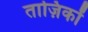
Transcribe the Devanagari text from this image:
ताज़िकों